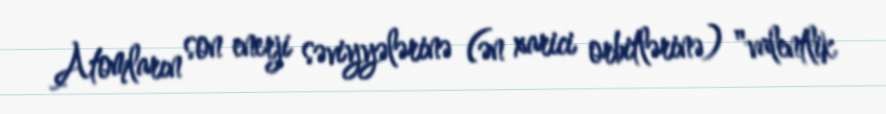
Atomların son enerji səviyyələrinə (ən xarici orbitlərinə) "valentlik